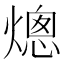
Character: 熜